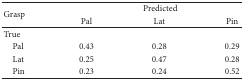
<table><thead><tr><td rowspan="2"><b>Grasp</b></td><td colspan="3"><b>Predicted</b></td></tr><tr><td><b>Pal</b></td><td><b>Lat</b></td><td><b>Pin</b></td></tr></thead><tbody><tr><td>True</td><td> </td><td> </td><td> </td></tr><tr><td> Pal</td><td>0.43</td><td>0.28</td><td>0.29</td></tr><tr><td> Lat</td><td>0.25</td><td>0.47</td><td>0.28</td></tr><tr><td> Pin</td><td>0.23</td><td>0.24</td><td>0.52</td></tr></tbody></table>